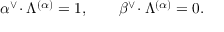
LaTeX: \alpha ^ { \vee } \! \cdot \Lambda ^ { ( \alpha ) } = 1 , \qquad \beta ^ { \vee } \! \cdot \Lambda ^ { ( \alpha ) } = 0 .